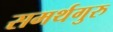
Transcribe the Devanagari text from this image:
समर्थगुरु